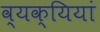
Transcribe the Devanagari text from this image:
व्यक्यियां